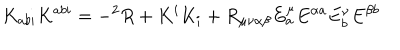
LaTeX: K _ { a b i } K ^ { a b i } = - ^ { 2 } R + K ^ { i } K _ { i } + R _ { \mu \nu \alpha \beta } E _ { a } ^ { \mu } E ^ { \alpha a } E _ { b } ^ { \nu } E ^ { \beta b }